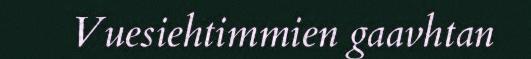
Vuesiehtimmien gaavhtan